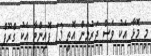
މި މޮޅާ އެކު ވެސް ޖަރުމަން އޮތީ 13 ޕޮއިންޓާ އެކު ގްރޫޕް